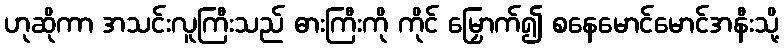
ဟုဆိုကာ အသင်းလူကြီးသည် ဓားကြီးကို ကိုင် မြှောက်၍ စနေမောင်မောင်အနီးသို့